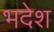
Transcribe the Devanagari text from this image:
भदेश